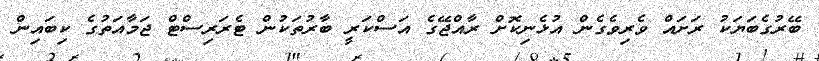
ބޭރުގެބަޔަކު ރަށައް ވެރިވެގެން އުޅެނިކޮށް ރާއްޖޭގެ އަސްކަރީ ބާރުތަކުން ޓެރަރިސްޓް ޖަމާއަތުގެ ކިބައިން